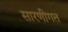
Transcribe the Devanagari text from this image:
सारणीगत